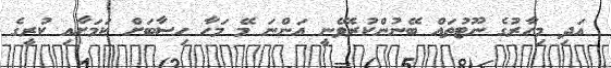
އަދި މިހާރުގެ ނޫޓުތައް ބޭނުންކުރެވޭނީ އަންނަ މޭ މަހާ ހިސާބަށް ކަމަށާއި ކުރީގެ